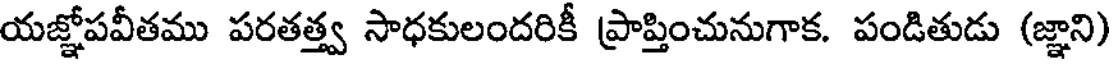
యజ్ఞోపవీతము పరతత్త్వ సాధకులందరికీ ప్రాప్తించునుగాక. పండితుడు (జ్ఞాని)